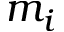
m _ { i }